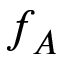
f _ { A }